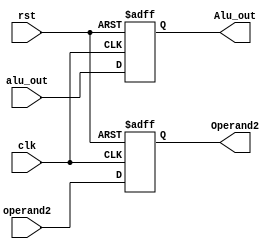
module Reg_M(
    input clk,
    input rst,
    input [31:0] alu_out,
    input [31:0] operand2, 
    output reg [31:0] Alu_out,
    output reg [31:0] Operand2
);
always @(posedge clk or posedge rst) begin
    if(rst) begin
        Alu_out <= 32'd0;
        Operand2 <= 32'd0;
    end
    else begin
        Alu_out <= alu_out;
        Operand2 <= operand2;
    end
end
endmodule